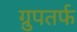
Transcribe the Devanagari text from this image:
ग्रुपतर्फ